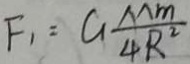
F _ { 1 } = G \frac { M m } { 4 R ^ { 2 } }